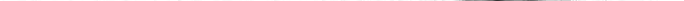
___